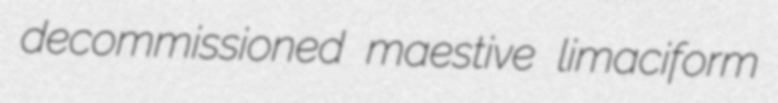
decommissioned maestive limaciform